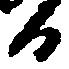
る